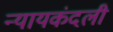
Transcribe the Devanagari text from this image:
न्यायकंदली